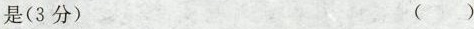
是(3 分) （ ）